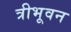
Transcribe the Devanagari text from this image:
त्रीभूवन